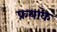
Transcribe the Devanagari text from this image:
फ्रयाके